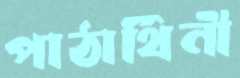
পাঠার্থিনী